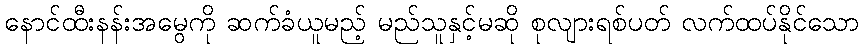
နောင်ထီးနန်းအမွေကို ဆက်ခံယူမည့် မည်သူနှင့်မဆို စုလျားရစ်ပတ် လက်ထပ်နိုင်သော